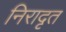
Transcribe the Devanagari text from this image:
निरादृत